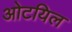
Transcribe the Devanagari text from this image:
ओटयिल